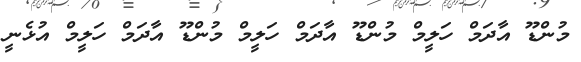
މުންޑޫ އާދަމް ހަލީމް މުންޑޫ އާދަމް ހަލީމް މުންޑޫ އާދަމް ހަލީމް އުޅެނީ